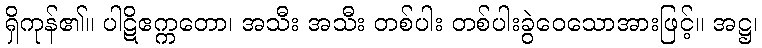
ရှိကုန်၏။ ပါဋိဧက္ကတော၊ အသီး အသီး တစ်ပါး တစ်ပါးခွဲဝေသောအားဖြင့်။ အဋ္ဌ၊